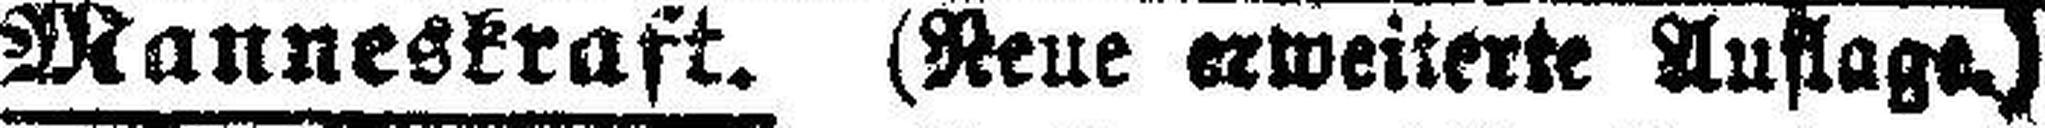
Manneskraft. (Neue erweiterte Auflage.)